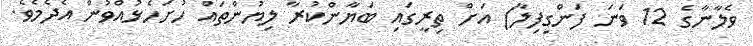
ވެލާނާގެ 12 ވަނަ ފަންގިފިލާ) އަށް ތިރީގައި ބަޔާންކުރާ ލިޔުންތައް ހުށަހެޅުއްވުން އެދެމެވެ.